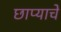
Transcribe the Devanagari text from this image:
छाप्याचे